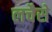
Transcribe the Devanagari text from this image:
लचैसे